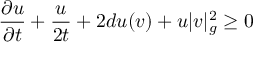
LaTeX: { \frac { \partial u } { \partial t } } + { \frac { u } { 2 t } } + 2 d u ( v ) + u | v | _ { g } ^ { 2 } \geq 0